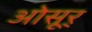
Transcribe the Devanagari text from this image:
ओसूर्